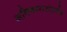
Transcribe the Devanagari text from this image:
अधिकाराअंतर्गत